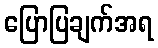
ပြောပြချက်အရ